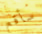
سأقع